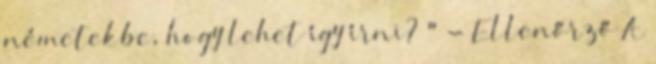
németekbe, hogy lehet így írni? " - Ellenőrző A